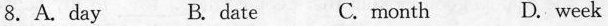
8. A. Day B. Date C. Month D. Week